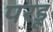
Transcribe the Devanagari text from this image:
परडू